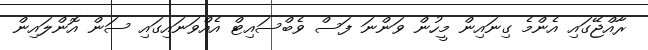
ރާއްޖޭގައި އެންމެ ގިނައިން މީހުން ވަންނަ ފަސް ވެބްސައިޓް އެއްވަނައިގައި ސަން އޮންލައިން